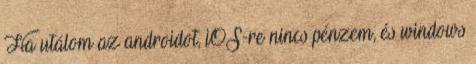
Ha utálom az androidot, iOS-re nincs pénzem, és windows